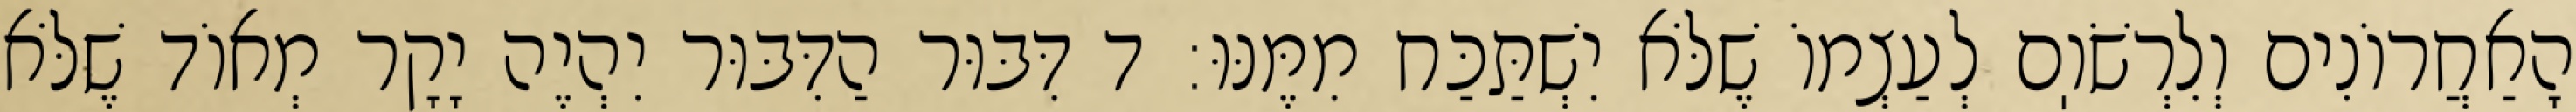
הָאַחֲרוֹנִים וְלִרְשֹׁוֽם לְעַצְמוֹ שֶׁלֹּא יִשְׁתַּכַּח מִמֶּנּוּ: ד דִּבּוּר הַדִּבּוּר יִהְיֶה יָקָר מְאוֹד שֶׁלֹּא